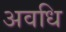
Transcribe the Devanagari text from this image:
अवधि